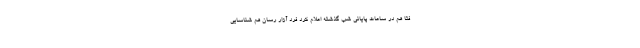
فتا هم در ساعات پایانی شب گذشته اعلام کرد فرد آزار رسان هم شناسایی